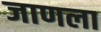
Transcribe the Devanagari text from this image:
जाणला